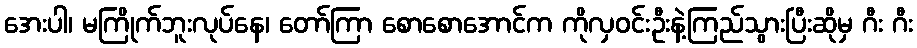
အေးပါ၊ မကြိုက်ဘူးလုပ်နေ၊ တော်ကြာ စောစောအောင်က ကိုလှဝင်းဦးနဲ့ကြည်သွားပြီးဆိုမှ ဂီး ဂီး